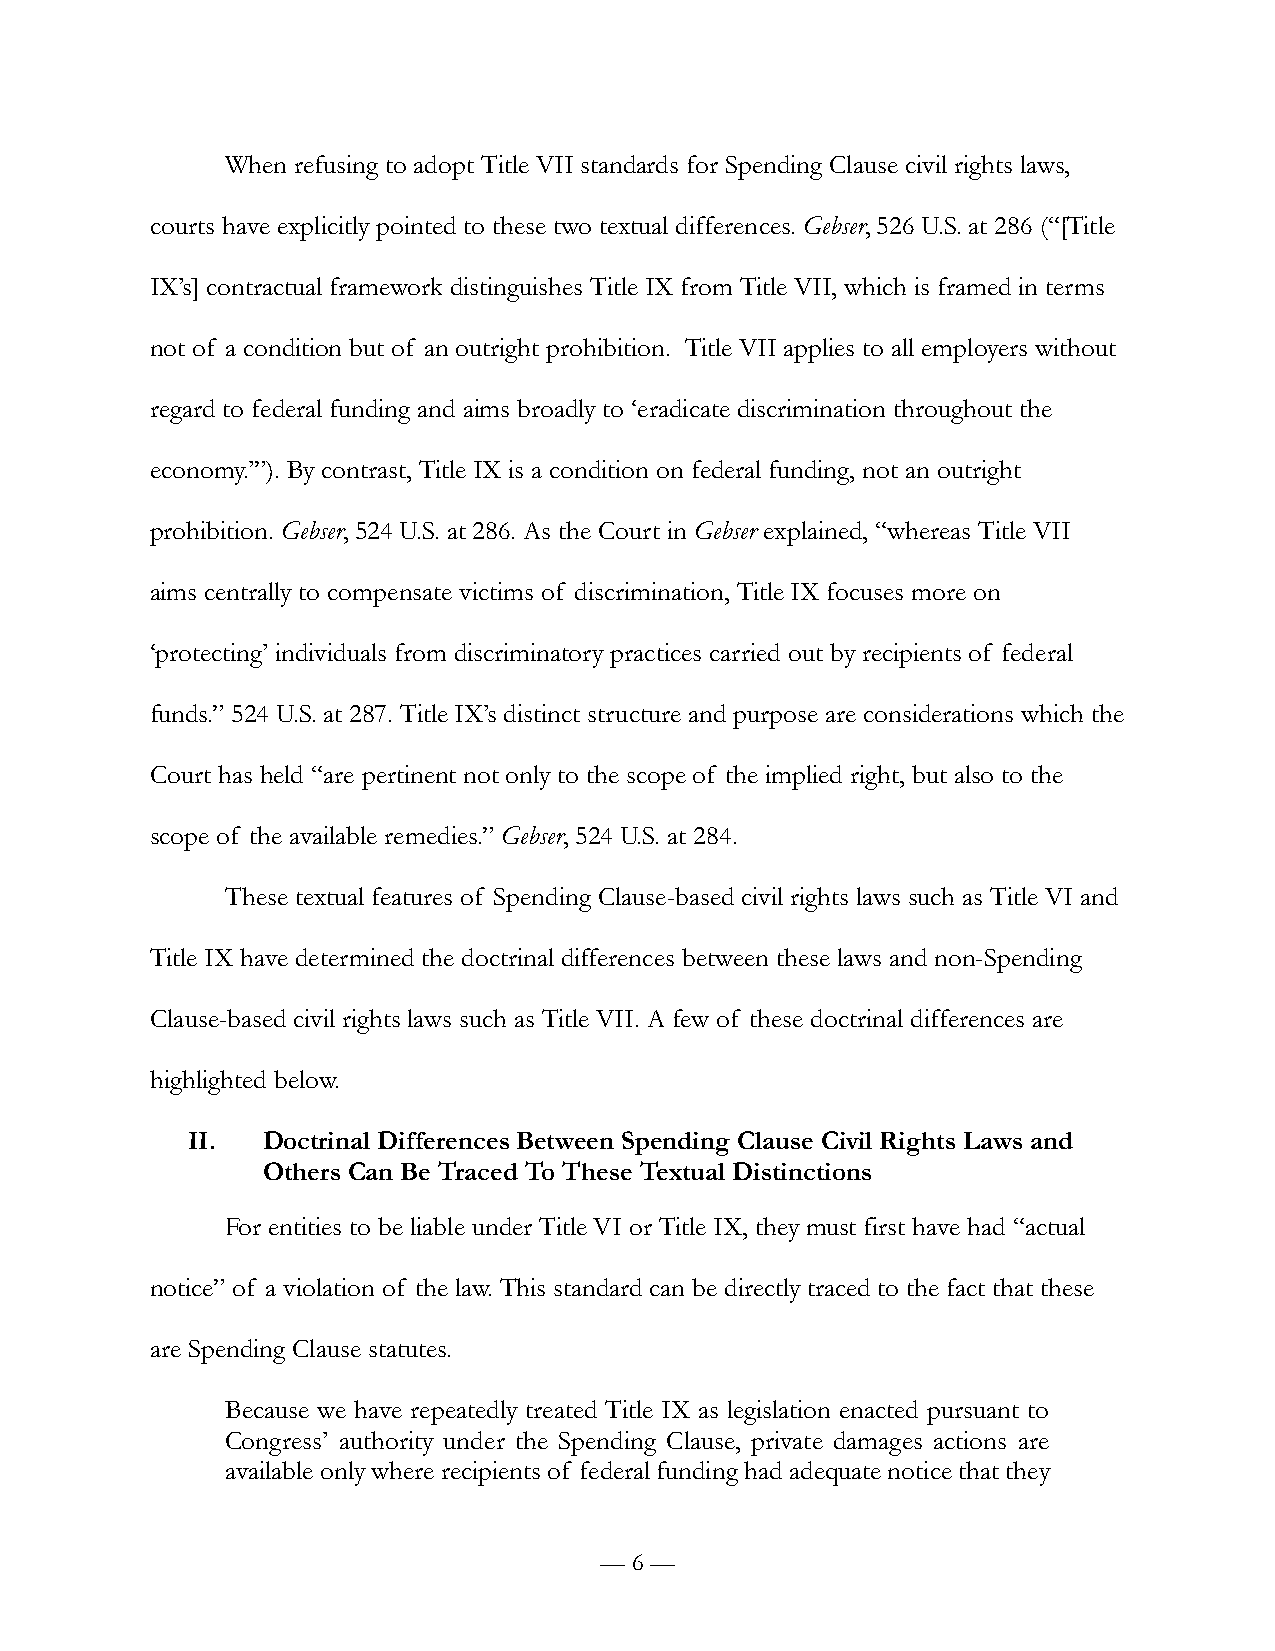
When refusing to adopt Title VII standards for Spending Clause civil rights laws,
 courts have explicitly pointed to these two textual differences. Gebser, 526 U.S. at 286 (“[Title
 IX’s] contractual framework distinguishes Title IX from Title VII, which is framed in terms
 not of a condition but of an outright prohibition. Title VII applies to all employers without
 regard to federal funding and aims broadly to ‘eradicate discrimination throughout the
 economy.’”). By contrast, Title IX is a condition on federal funding, not an outright
 prohibition. Gebser, 524 U.S. at 286. As the Court in Gebser explained, “whereas Title VII
 aims centrally to compensate victims of discrimination, Title IX focuses more on
 ‘protecting’ individuals from discriminatory practices carried out by recipients of federal
 funds.” 524 U.S. at 287. Title IX’s distinct structure and purpose are considerations which the
 Court has held “are pertinent not only to the scope of the implied right, but also to the
 scope of the available remedies.” Gebser, 524 U.S. at 284.
 These textual features of Spending Clause-based civil rights laws such as Title VI and
 Title IX have determined the doctrinal differences between these laws and non-Spending
 Clause-based civil rights laws such as Title VII. A few of these doctrinal differences are
 highlighted below.
 II.  Doctrinal Differences Between Spending Clause Civil Rights Laws and
 Others Can Be Traced To These Textual Distinctions
 For entities to be liable under Title VI or Title IX, they must first have had “actual
 notice” of a violation of the law. This standard can be directly traced to the fact that these
 are Spending Clause statutes.
 Because we have repeatedly treated Title IX as legislation enacted pursuant to
 Congress’ authority under the Spending Clause, private damages actions are
 available only where recipients of federal funding had adequate notice that they
 — 6 —